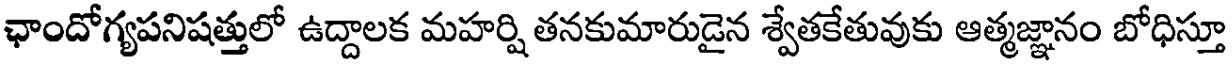
ఛాందోగ్యపనిషత్తులో ఉద్దాలక మహర్షి తనకుమారుడైన శ్వేతకేతువుకు ఆత్మజ్ఞానం బోధిస్తూ